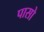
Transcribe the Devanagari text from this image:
पासो